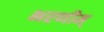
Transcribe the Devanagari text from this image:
भरणीम्